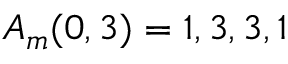
A _ { m } ( 0 , 3 ) = 1 , 3 , 3 , 1